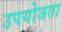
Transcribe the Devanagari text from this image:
उपयोजता